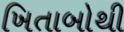
ખિતાબોથી